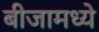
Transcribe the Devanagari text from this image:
बीजामध्ये